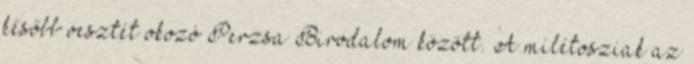
később vesztét okozó Perzsa Birodalom között. A milétosziak az